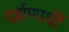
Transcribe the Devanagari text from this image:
दर्शणार्थी